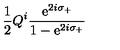
\frac { 1 } { 2 } Q ^ { i } \frac { \mathrm { e } ^ { 2 i \sigma _ { + } } } { 1 - \mathrm { e } ^ { 2 i \sigma _ { + } } }